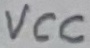
Text: VCC